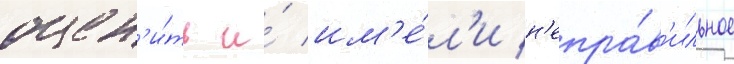
оцен'и́ть и́ им'е́л'и н'епра́в'ильное